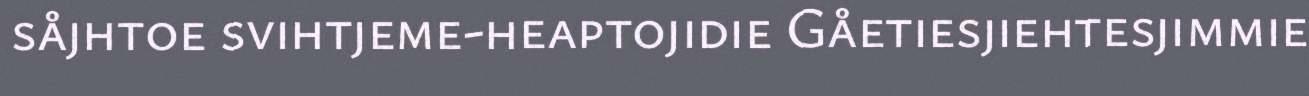
såjhtoe svihtjeme-heaptojidie Gåetiesjiehtesjimmie